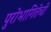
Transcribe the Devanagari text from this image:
पुरोभागितेची